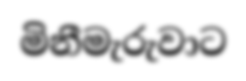
මිනීමැරුවාට